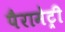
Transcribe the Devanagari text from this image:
पैरामेट्री